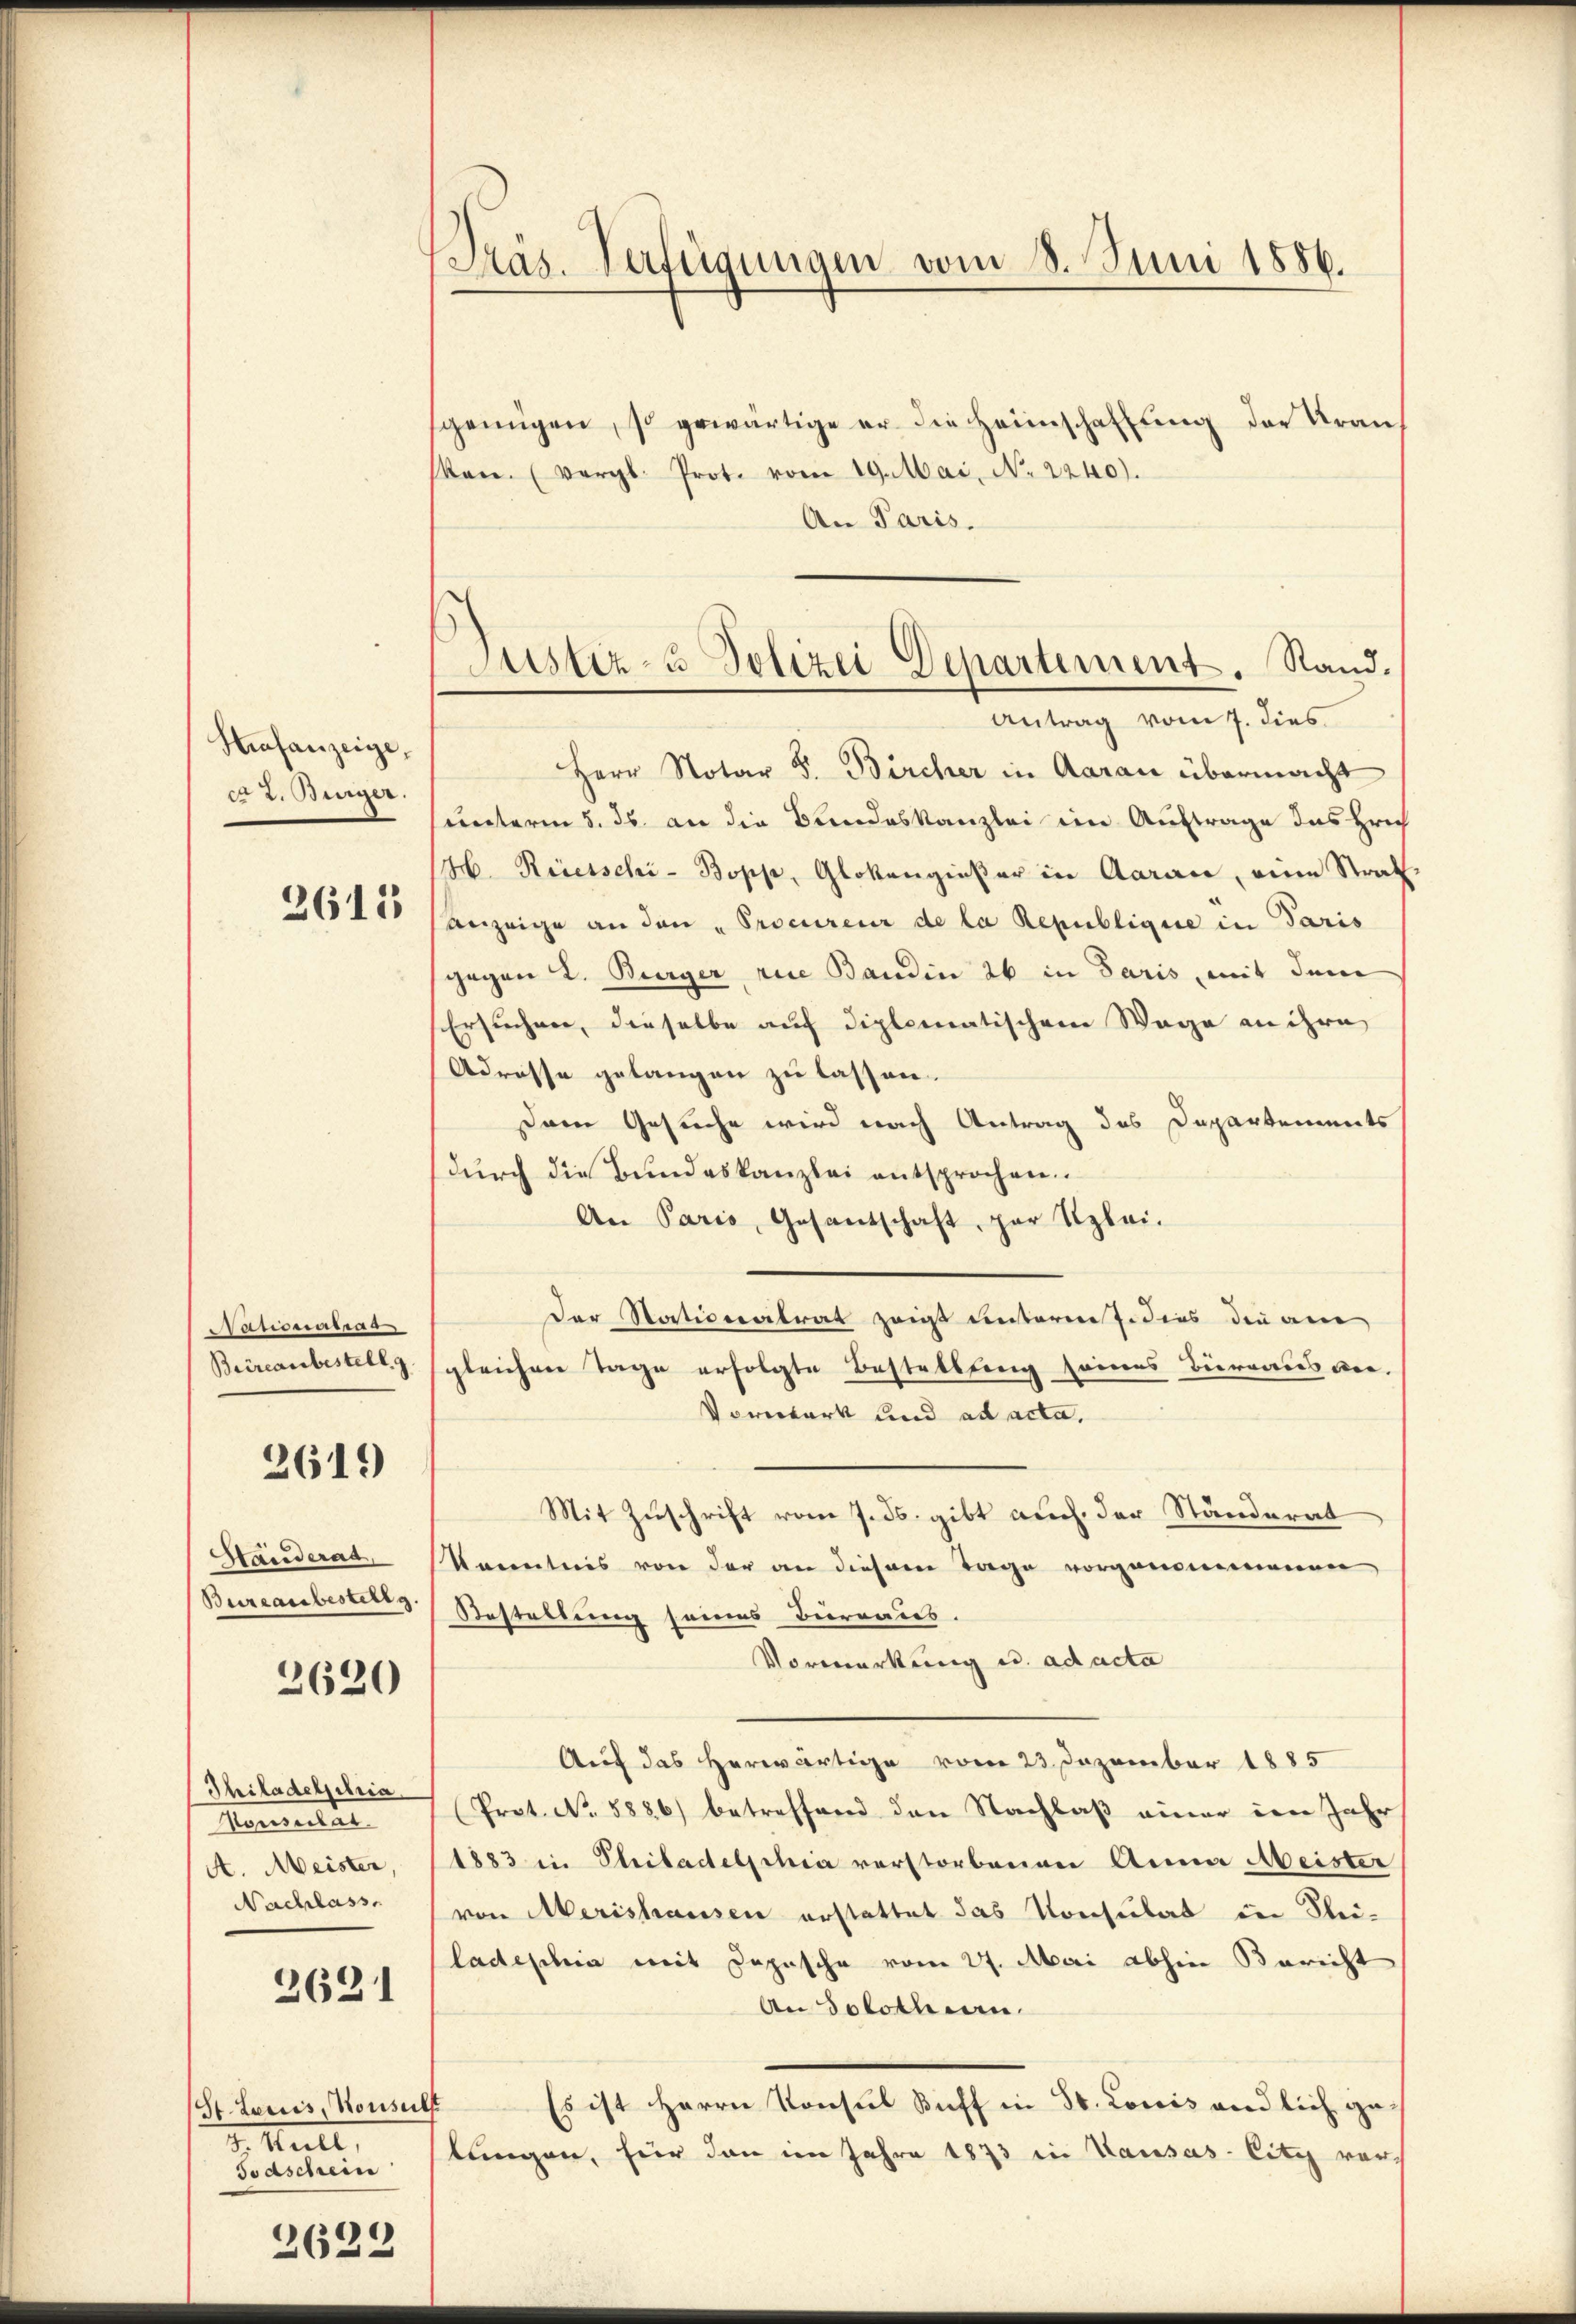
Strafanzeige,
c 2. Burger.

2612

Nationalrat
Beireaubestell g

2619

Hauderad,
Bureaubestellg.

2620

Thiladelphia
Pousulät.
A. Meister
Nachlass

2621

St. Lariis, Konseit
d. Hult
Todschein

2622

Präs. Verfügungen vom 8. Juni 1886.

Justiz- u Polizei Departement. Stand.
Antrag vom 7. dies

genügen, so gewärtige er die Heimschaffŭng der Kranken. (vergl. Prot. vom 19. Mai, No. 2240).
An Paris.
Herr Notar J. Bircher in Aarau übermacht
unterm 5. ds. an die Bundeskanzlei ein Auftrage des Hrich
14. Recesschi- Bopp, Glokengießer in Aarace, eine Straf
Anzeige an den „Procureur de la Republique in Paris
gegen L. Burger rice Bandin 26 in Paris, mit dem
Ersuchen, dieselbe auf diplomatischem Wage an ihre
Adresse gelangen zu lassen.
Dem Gesuche wird nach Antrag des Departements
dŭrch die Bundeskanzlei entsprochen.
An Paris, Gesantschaft, par Klei¬
Der Stationalrat zeigt unterne dies die an
gleichen Tage erfolgte Bestellung seines Bureaus ver-
Vorerwerk und ad acta.
Mit Zuschrift vom 7. ds. gibt auch der Ständerat
kanntnis von der an diesem Tage vorgenommenen
Bestellung seines Berendes
Vormerkung u. ad acta
Auf das herwärtige vom 23. Dezember 1885
(Prot. No. 5886) betreffend den Nachlaß einer im Jahr
1883 in Philadelphia verstorbenen Anna Meister
von Merishausen erstattet das Konsulat in Klei-
ladeschia mit Depesche vom 27. Mai abhin Bericht
An Solothurn.
Es ist Herrn Konsul Siff in St. Louis endlich ge¬
¬
lungen, für dann im Jahre 1873 in Kausas-Citz ver¬